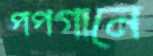
পপগানে